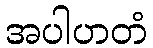
အပါဟတံ